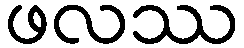
ဖလဿ